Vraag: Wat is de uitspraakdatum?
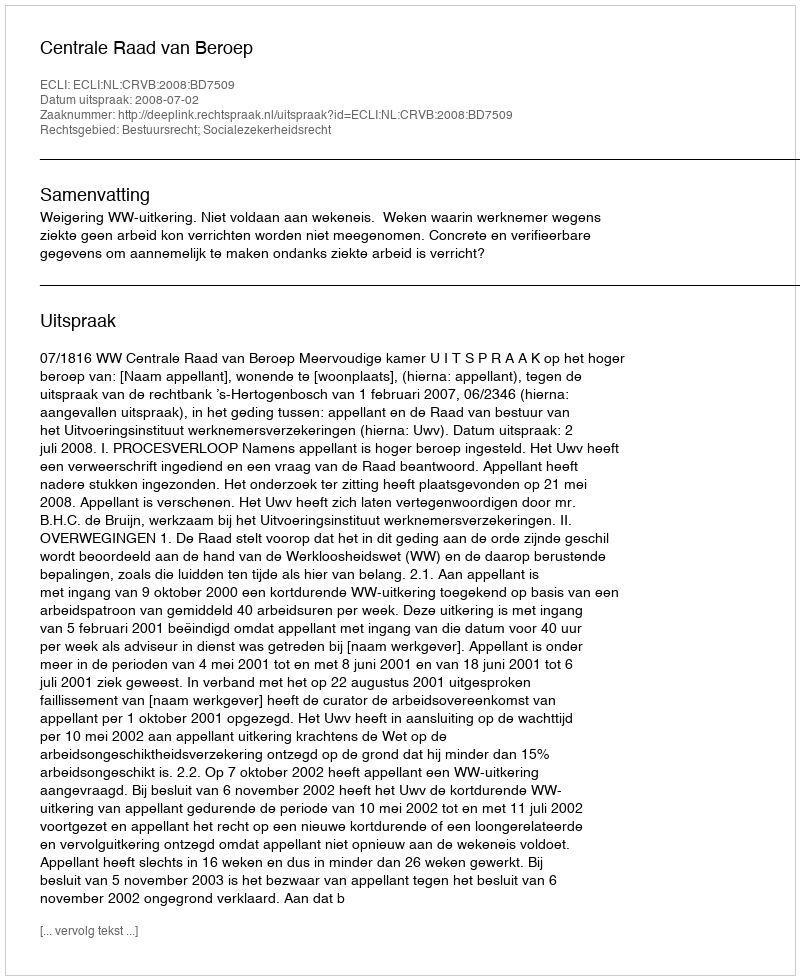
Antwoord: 2008-07-02